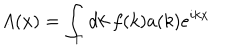
LaTeX: A ( x ) = \int _ { \Gamma } d k ~ f ( k ) a ( k ) e ^ { i k x }